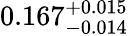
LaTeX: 0.167_{-0.014}^{+0.015}